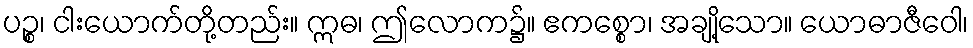
ပဉ္စ၊ ငါးယောက်တို့တည်း။ ဣဓ၊ ဤလောက၌။ ဧကစ္စော၊ အချို့သော။ ယောဓာဇီဝေါ၊